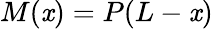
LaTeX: M(\mathit{x})=P(L-\mathit{x})